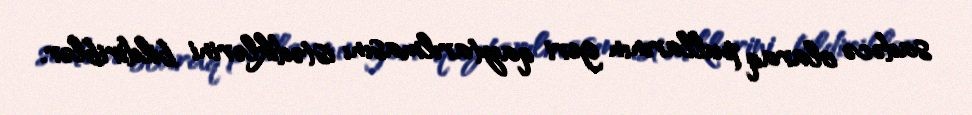
sadəcə olaraq pullarının geri qaytarılmasını istədiklərini bildiriblər.